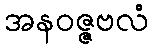
အနဝဇ္ဇဗလံ